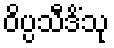
ဝိပ္ပသီဒိံသု